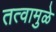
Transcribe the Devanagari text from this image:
तत्वामुळे